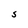
Character: S